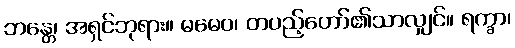
ဘန္တေ၊ အရှင်ဘုရား။ မမေဝ၊ တပည့်တော်၏သာလျှင်။ ရက္ခာ၊